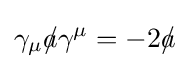
\gamma _{\mu }{a\!\!\!/}\gamma ^{\mu }=-2{a\!\!\!/}